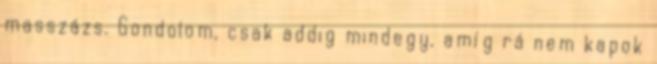
masszázs. Gondolom, csak addig mindegy, amíg rá nem kapok